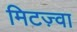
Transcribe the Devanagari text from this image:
मिटज़्वा